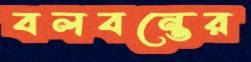
বলবন্তের